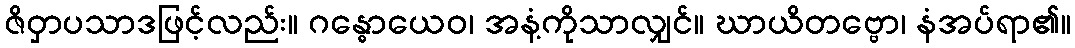
ဇိဝှာပသာဒဖြင့်လည်း။ ဂန္ဓောယေဝ၊ အနံ့ကိုသာလျှင်။ ဃာယိတဗ္ဗော၊ နံအပ်ရာ၏။